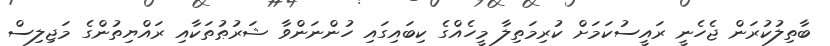
ބާތިލުކުރަން ޖެހެނީ ރައީސުކަމަށް ކުރިމަތިލާ މީހެއްގެ ކިބައިގައި ހުންނަންވާ ޝަރުޠުތަކާއި ރައްޔިތުންގެ މަޖިލިސް